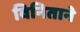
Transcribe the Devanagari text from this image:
विनिताने